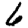
Digit: 6